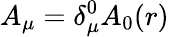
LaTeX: A_{\mu}=\delta_{\mu}^{0}A_{0}(r)